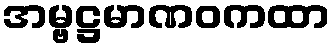
အမ္ဗဋ္ဌမာဏဝကထာ